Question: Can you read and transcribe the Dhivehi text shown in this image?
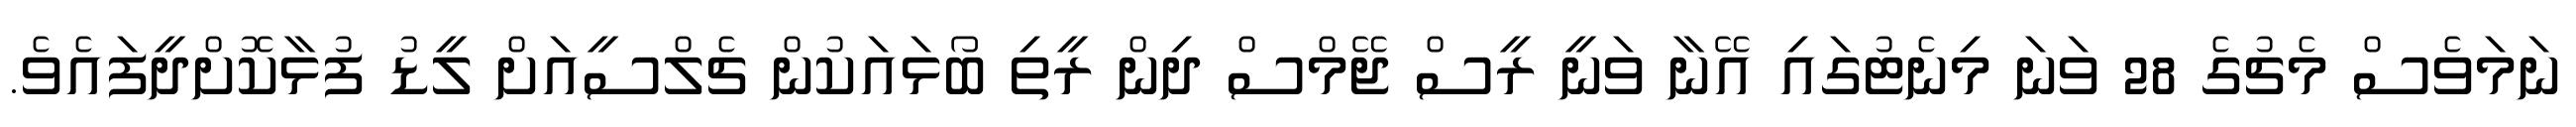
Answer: ނަމަވެސް މެޗުގެ 28 ވަނަ މިނެޓުގައި އޭނާ ވަނީ ރީސް ޖޭމްސް ދިން ރީތި ބޯޅައަކުން ޗެލްސީއަށް ލީޑު ފުޅާކޮށްދީފައެވެ.